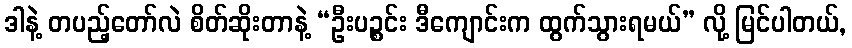
ဒါနဲ့ တပည့်တော်လဲ စိတ်ဆိုးတာနဲ့ “ဦးပဉ္စင်း ဒီကျောင်းက ထွက်သွားရမယ်” လို့ မြင်ပါတယ်,